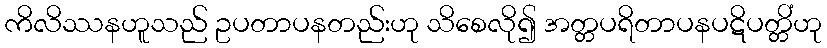
ကိလိဿနဟူသည် ဥပတာပနတည်းဟု သိစေလို၍ အတ္တပရိတာပနပဋိပတ္တိံဟု